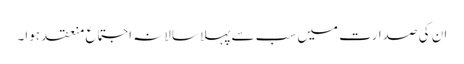
ان کی صدارت میں سب سے پہلا سالانہ اجتماع منعقد ہوا۔